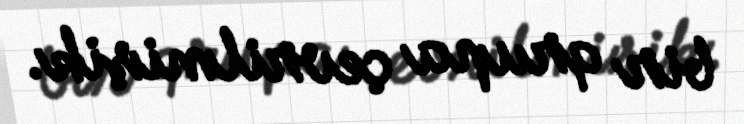
bir qrupa çevrilmişik.